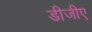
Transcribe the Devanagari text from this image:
डीजीए